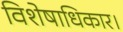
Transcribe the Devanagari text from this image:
विशेषाधिकार।